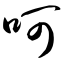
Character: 呵